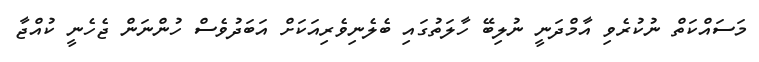
މަސައްކަތް ނުކުރެވި އާމްދަނީ ނުލިބޭ ހާލަތުގައި ބެލެނިވެރިއަކަށް އަބަދުވެސް ހުންނަން ޖެހެނީ ކުއްޖާ